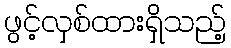
ဖွင့်လှစ်ထားရှိသည့်